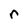
Character: r